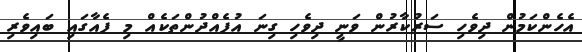
އެހެންކަމުން ދިވެހި ސަރުކާރުން ވަނީ ދިވެހި ގިނަ އުފެއްދުންތަކެއް މި ފެއާގައި ބައިވެރި